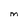
Character: m